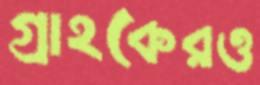
গ্রাহকেরও